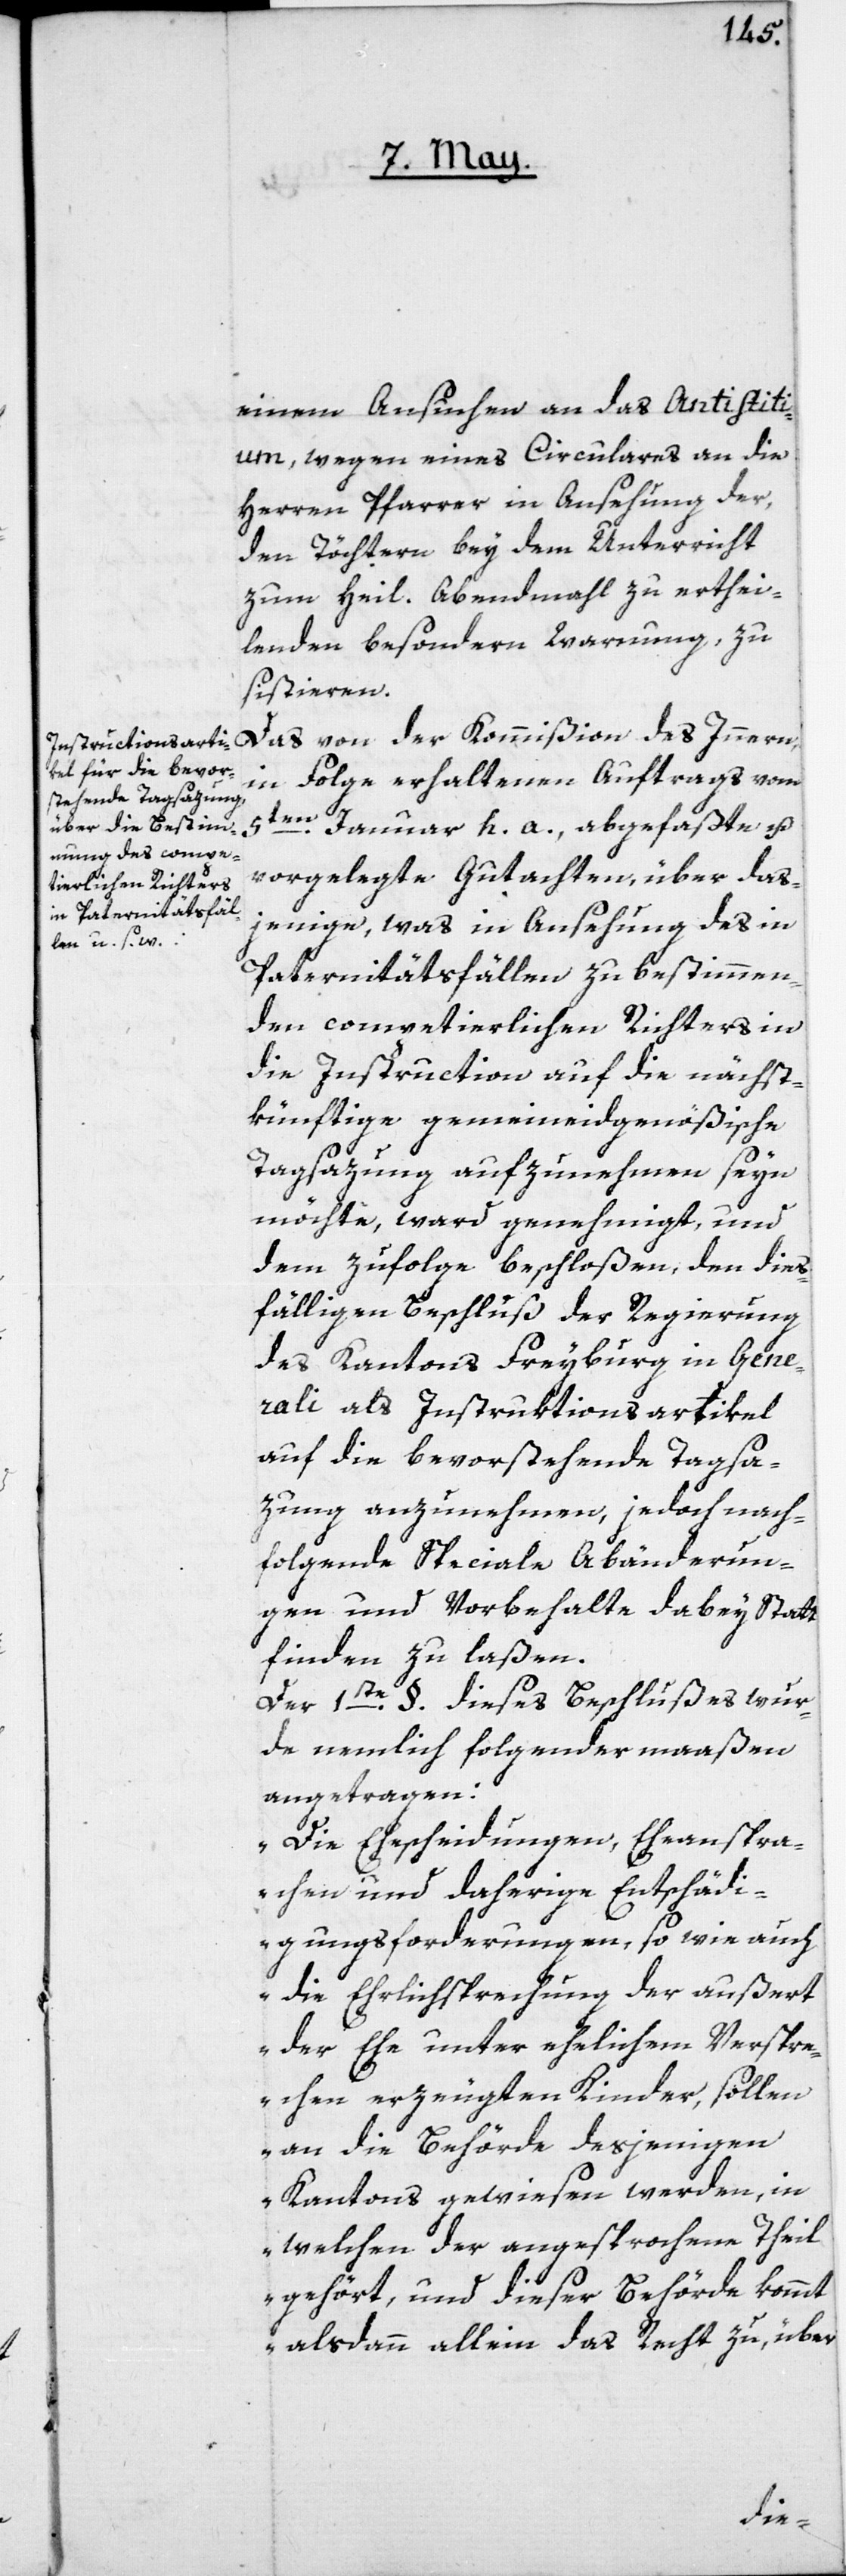
einem Ansuchen an das Antistiti¬
um, wegen eines Circulares an die
Herren Pfarrer in Ansehung der,
den Töchtern bey dem Unterricht
zum Heil. Abendmahl zu erthei¬
lenden besondern Warnung, zu
sistieren.
Das von der Kommißion des Innern
in Folge erhaltenen Auftrags vom
5ten Januar h. a., abgefaßte u.
vorgelegte Gutachten, über das¬
jenige, was in Ansehung des in
Paternitätsfällen zu bestimmen¬
den competierlichen Richters in
die Instruction auf die nächst¬
künftige gemeineidgenößische
Tagsazung aufzunehmen seyn
möchte, ward genehmigt und
dem zufolge beschloßen, den dieß¬
fälligen Beschluß der Regierung
des Kantons Freyburg in Gene¬
rali als Instruktionsartikel
auf die bevorstehende Tagsa¬
zung anzunehmen, jedoch nach¬
folgende Speciale Abänderun¬
gen und Vorbehalte daby Statt
finden zu laßen.
Der 1ste §. dieses Beschlußes wur¬
de nemlich folgendermaaßen
angetragen:
„Die Ehescheidungen, Eheanspra¬
chen und daherige Entschädi¬
gungsforderungen, so wie auch
die Ehrlichsprechung der außert
der Ehe unter ehelichem Verspre¬
chen erzeugten Kinder, sollen
an die Behörde desjenigen
Kantons gewiesen werden, in
welchen der angesprochene Theil
gehört, und dieser Behörde kommt
alsdann allein das Recht zu, über